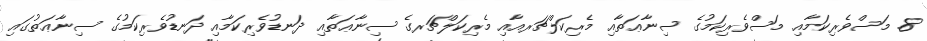
8. މަސްވެރިކަމާއި މަސްވެރިކަމުގެ ސިނާޢަތާއި މެރިކަލްޗަރއާއި މެރިކަލްޗަރގެ ސިނާޢަތާއި ދަނޑުވެރިކަމާއި ދަނޑުވެރިކަމުގެ ސިނާޢަތުގައި